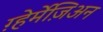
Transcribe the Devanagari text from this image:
ग़्हेर्मेज़िअन